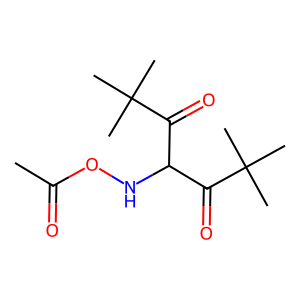
SMILES: CC(=O)ONC(C(=O)C(C)(C)C)C(=O)C(C)(C)C
Inhibits HIV replication: No